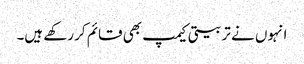
انہوں نے تربیتی کیمپ بھی قائم کر رکھے ہیں۔